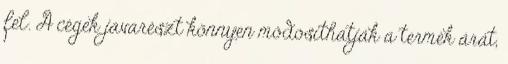
fel. A cégek javarészt könnyen módosíthatják a termék árát,